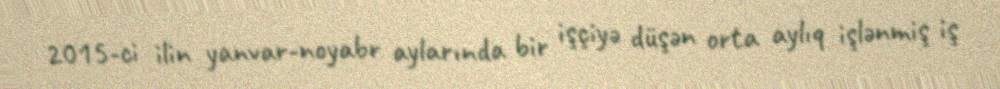
2015-ci ilin yanvar-noyabr aylarında bir işçiyə düşən orta aylıq işlənmiş iş